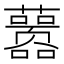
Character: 𰲖